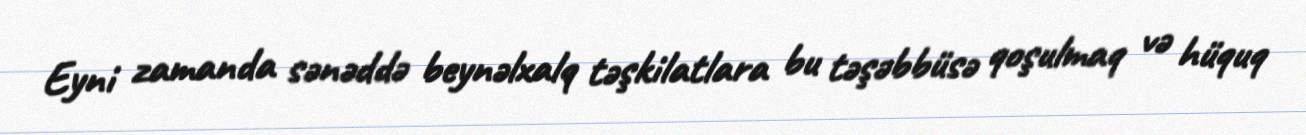
Eyni zamanda sənəddə beynəlxalq təşkilatlara bu təşəbbüsə qoşulmaq və hüquq